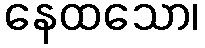
နေထသော၊